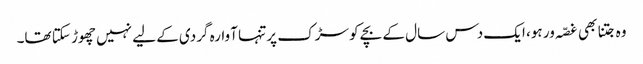
وہ جتنا بھی غصّہ ور ہو، ایک دس سال کے بچے کو سڑک پر تنہا آوارہ گردی کے لیے نہیں چھوڑ سکتا تھا۔